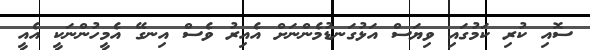
ސޮއި ކުރި ކަމުގައި ވިޔަސް އަޅުގަނޑުމެންނަށް އެއިރު ވެސް އިނގޭ އެމީހުންނަކީ އެއީ